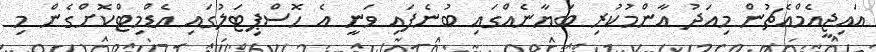
އައިޖީއެމްއެޗުން މިއަދު އާންމުކުރި ބަޔާނެއްގައި ބުނެފައި ވަނީ އެ ހޮސްޕިޓަލުގައި އެޑްމިޓްކޮށްގެން މި